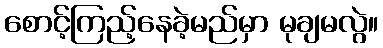
စောင့်ကြည့်နေခဲ့မည်မှာ မုချမလွဲ။